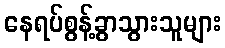
နေရပ်စွန့်ခွာသွားသူများ